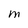
Character: M